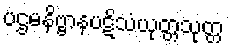
ပဌမနိဗ္ဗာနပဋိသံယုတ္တသုတ္တ